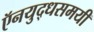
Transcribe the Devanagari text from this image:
ऍनयुद्धसमयी